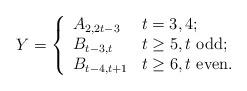
LaTeX: \begin{align*}Y=\left\{\begin{array}{lll}A_{2,2t-3} &\mbox{$t=3,4;$}\\B_{t-3,t} &\mbox{$t\geq 5, t~{\rm odd};$}\\B_{t-4,t+1} &\mbox{$t\geq 6, t~{\rm even}.$}\end{array}\right.\end{align*}